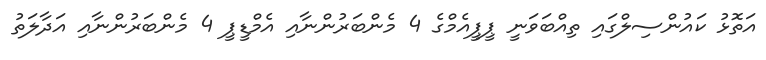
އަތޮޅު ކައުންސިލްގައި ތިއްބަވަނީ ޕީޕީއެމްގެ 4 މެންބަރުންނާއި އެމްޑީޕީ 4 މެންބަރުންނާއި އަދާލަތު